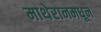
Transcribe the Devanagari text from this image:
माथेरानमधून